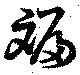
班